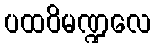
ပထဝိမဏ္ဍလေ